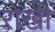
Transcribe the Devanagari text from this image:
रोखी